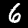
Label: 6